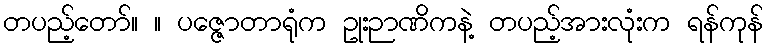
တပည့်တော်။ ။ ပဇ္ဇောတာရုံက ဥုးဉာဏိကနဲ့ တပည့်အားလုံးက ရန်ကုန်